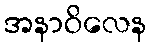
အနာဝိလေန